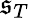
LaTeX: \mathfrak{s}_{T}